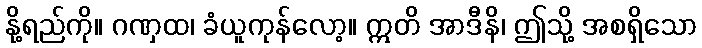
နို့ရည်ကို။ ဂဏှထ၊ ခံယူကုန်လော့။ ဣတိ အာဒီနိ၊ ဤသို့ အစရှိသော